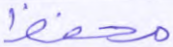
محفظ